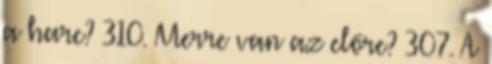
a harc? 310. Merre van az előre? 307. A